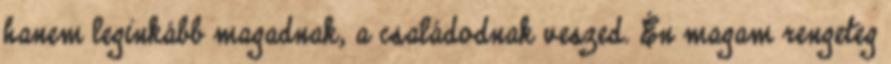
hanem leginkább magadnak, a családodnak veszed. Én magam rengeteg